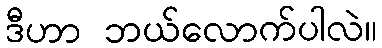
ဒီဟာ ဘယ်လောက်ပါလဲ။